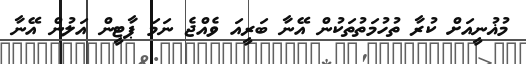
މުޣުނީއަށް ކުރާ ތުހުމަތުތަކުން އޭނާ ބަރީއަ ވެއްޖެ ނަމަ ޕާޓީން އަލުން އޭނާ